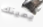
يمينك